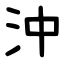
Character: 沖